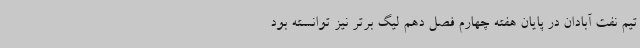
تیم نفت آبادان در پایان هفته چهارم فصل دهم لیگ برتر نیز توانسته بود